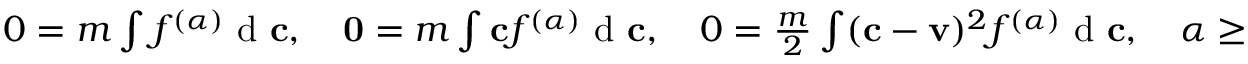
\begin{array} { r } { 0 = m \int f ^ { ( \alpha ) } \textrm { d } \mathbf c , \quad \mathbf 0 = m \int \mathbf c f ^ { ( \alpha ) } \textrm { d } \mathbf c , \quad 0 = \frac { m } { 2 } \int ( \mathbf c - \mathbf v ) ^ { 2 } f ^ { ( \alpha ) } \textrm { d } \mathbf c , \quad \alpha \geq 1 . } \end{array}